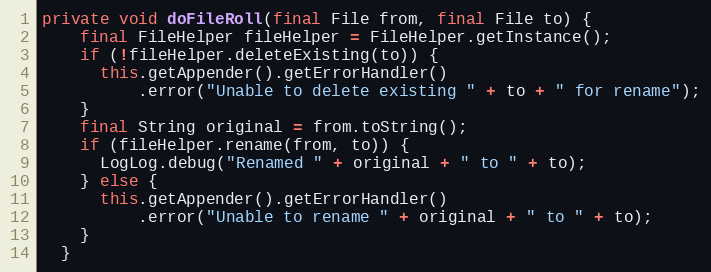
Language: Java
private void doFileRoll(final File from, final File to) {
    final FileHelper fileHelper = FileHelper.getInstance();
    if (!fileHelper.deleteExisting(to)) {
      this.getAppender().getErrorHandler()
          .error("Unable to delete existing " + to + " for rename");
    }
    final String original = from.toString();
    if (fileHelper.rename(from, to)) {
      LogLog.debug("Renamed " + original + " to " + to);
    } else {
      this.getAppender().getErrorHandler()
          .error("Unable to rename " + original + " to " + to);
    }
  }